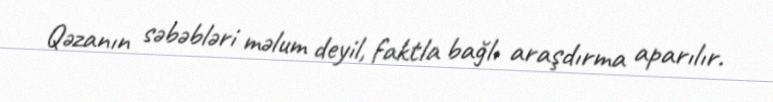
Qəzanın səbəbləri məlum deyil, faktla bağlı araşdırma aparılır.